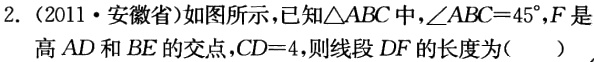
2.（2011·安徽省）如图所示，已知\(\triangle ABC\)中，\(\angle ABC = 45^{\circ}\)，\(F\)是高\(AD\)和\(BE\)的交点，\(CD = 4\)，则线段\(DF\)的长度为(  ）